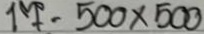
17 = 500 x 500